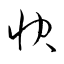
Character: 快